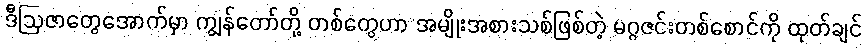
ဒီဩဇာတွေအောက်မှာ ကျွန်တော်တို့ တစ်တွေဟာ အမျိုးအစားသစ်ဖြစ်တဲ့ မဂ္ဂဇင်းတစ်စောင်ကို ထုတ်ချင်